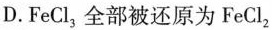
D.FeCl_{3}，全部被还原为FeCl2_{2}